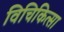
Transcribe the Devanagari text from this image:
विचिकित्सा